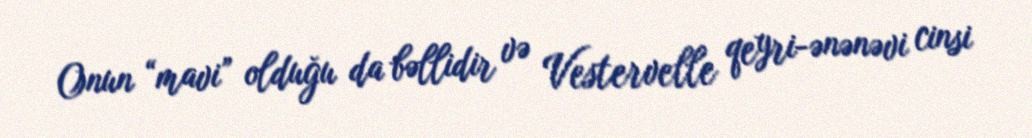
Onun “mavi” olduğu da bəllidir və Vestervelle qeyri-ənənəvi cinsi